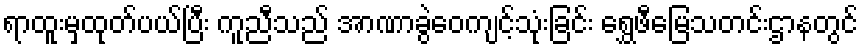
ရာထူးမှထုတ်ပယ်ပြီး ကူညီသည် အာဏာခွဲဝေကျင့်သုံးခြင်း ရွှေဖီမြေသတင်းဌာနတွင်